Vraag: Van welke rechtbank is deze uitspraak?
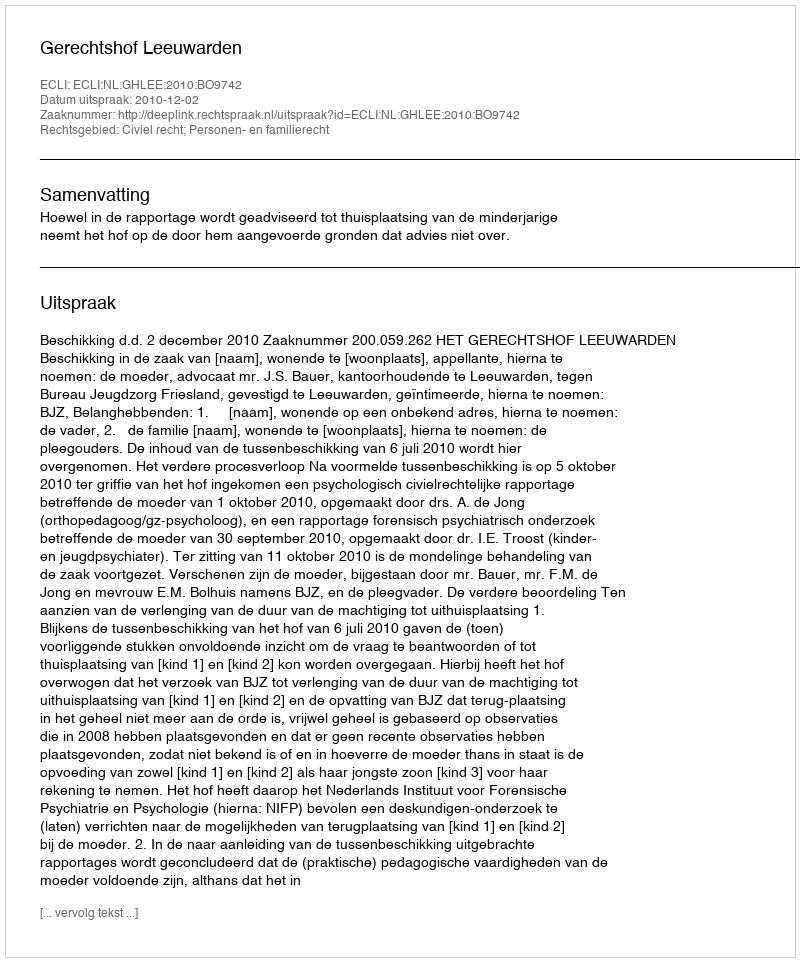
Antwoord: Gerechtshof Leeuwarden